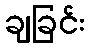
ချခြင်း